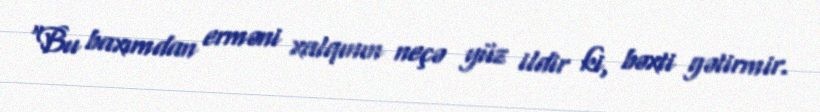
“Bu baxımdan erməni xalqının neçə yüz ildir ki, bəxti gətirmir.